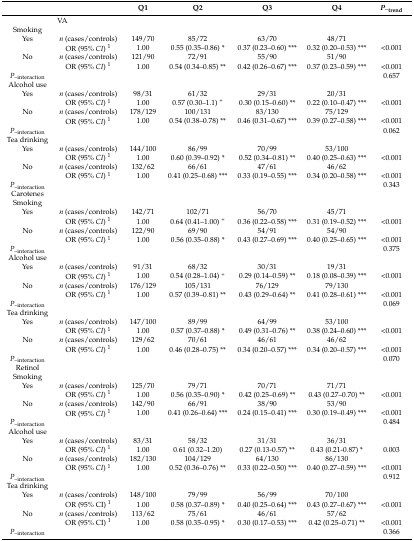
<table><thead><tr><td></td><td></td><td><b>Q1</b></td><td><b>Q2</b></td><td><b>Q3</b></td><td><b>Q4</b></td><td><b><i>P<sub>–</sub></i><sub>trend</sub></b></td></tr></thead><tbody><tr><td colspan="2">VA</td><td></td><td></td><td></td><td></td><td></td></tr><tr><td>Smoking</td><td></td><td></td><td></td><td></td><td></td><td></td></tr><tr><td>Yes</td><td><i>n</i> (cases/controls)</td><td>149/70</td><td>85/72</td><td>63/70</td><td>48/71</td><td></td></tr><tr><td></td><td>OR (95% <i>CI</i>) <sup>1</sup></td><td>1.00</td><td>0.55 (0.35–0.86) *</td><td>0.37 (0.23–0.60) ***</td><td>0.32 (0.20–0.53) ***</td><td>&lt;0.001</td></tr><tr><td>No</td><td><i>n</i> (cases/controls)</td><td>121/90</td><td>72/91</td><td>55/90</td><td>51/90</td><td></td></tr><tr><td></td><td>OR (95% <i>CI</i>) <sup>1</sup></td><td>1.00</td><td>0.54 (0.34–0.85) **</td><td>0.42 (0.26–0.67) ***</td><td>0.37 (0.23–0.59) ***</td><td>&lt;0.001</td></tr><tr><td><i>P</i><sub>–interaction</sub></td><td></td><td colspan="4"></td><td>0.657</td></tr><tr><td>Alcohol use</td><td></td><td></td><td></td><td></td><td></td><td></td></tr><tr><td>Yes</td><td><i>n</i> (cases/controls)</td><td>98/31</td><td>61/32</td><td>29/31</td><td>20/31</td><td></td></tr><tr><td></td><td>OR (95% <i>CI</i>) <sup>1</sup></td><td>1.00</td><td>0.57 (0.30–1.1) <sup>+</sup></td><td>0.30 (0.15–0.60) **</td><td>0.22 (0.10–0.47) ***</td><td>&lt;0.001</td></tr><tr><td>No</td><td><i>n</i> (cases/controls)</td><td>178/129</td><td>100/131</td><td>83/130</td><td>75/129</td><td></td></tr><tr><td></td><td>OR (95% <i>CI</i>) <sup>1</sup></td><td>1.00</td><td>0.54 (0.38–0.78) **</td><td>0.46 (0.31–0.67) ***</td><td>0.39 (0.27–0.58) ***</td><td>&lt;0.001</td></tr><tr><td><i>P</i><sub>–interaction</sub></td><td></td><td colspan="4"></td><td>0.062</td></tr><tr><td>Tea drinking</td><td></td><td></td><td></td><td></td><td></td><td></td></tr><tr><td>Yes</td><td><i>n</i> (cases/controls)</td><td>144/100</td><td>86/99</td><td>70/99</td><td>53/100</td><td></td></tr><tr><td></td><td>OR (95% <i>CI</i>) <sup>1</sup></td><td>1.00</td><td>0.60 (0.39–0.92) *</td><td>0.52 (0.34–0.81) **</td><td>0.40 (0.25–0.63) ***</td><td>&lt;0.001</td></tr><tr><td>No</td><td><i>n</i> (cases/controls)</td><td>132/62</td><td>66/61</td><td>47/61</td><td>46/62</td><td></td></tr><tr><td></td><td>OR (95% <i>CI</i>) <sup>1</sup></td><td>1.00</td><td>0.41 (0.25–0.68) ***</td><td>0.33 (0.19–0.55) ***</td><td>0.34 (0.20–0.58) ***</td><td>&lt;0.001</td></tr><tr><td><i>P</i><sub>–interaction</sub></td><td></td><td></td><td></td><td></td><td></td><td>0.343</td></tr><tr><td>Carotenes</td><td></td><td></td><td></td><td></td><td></td><td></td></tr><tr><td>Smoking</td><td></td><td></td><td></td><td></td><td></td><td></td></tr><tr><td>Yes</td><td><i>n</i> (cases/controls)</td><td>142/71</td><td>102/71</td><td>56/70</td><td>45/71</td><td></td></tr><tr><td></td><td>OR (95% <i>CI</i>) <sup>1</sup></td><td>1.00</td><td>0.64 (0.41–1.00) <sup>+</sup></td><td>0.36 (0.22–0.58) ***</td><td>0.31 (0.19–0.52) ***</td><td>&lt;0.001</td></tr><tr><td>No</td><td><i>n</i> (cases/controls)</td><td>122/90</td><td>69/90</td><td>54/91</td><td>54/90</td><td></td></tr><tr><td></td><td>OR (95% <i>CI</i>) <sup>1</sup></td><td>1.00</td><td>0.56 (0.35–0.88) *</td><td>0.43 (0.27–0.69) ***</td><td>0.40 (0.25–0.65) ***</td><td>&lt;0.001</td></tr><tr><td><i>P</i><sub>–interaction</sub></td><td></td><td></td><td></td><td></td><td></td><td>0.375</td></tr><tr><td>Alcohol use</td><td></td><td></td><td></td><td></td><td></td><td></td></tr><tr><td>Yes</td><td><i>n</i> (cases/controls)</td><td>91/31</td><td>68/32</td><td>30/31</td><td>19/31</td><td></td></tr><tr><td></td><td>OR (95% <i>CI</i>) <sup>1</sup></td><td>1.00</td><td>0.54 (0.28–1.04) <sup>+</sup></td><td>0.29 (0.14–0.59) **</td><td>0.18 (0.08–0.39) ***</td><td>&lt;0.001</td></tr><tr><td>No</td><td><i>n</i> (cases/controls)</td><td>176/129</td><td>105/131</td><td>76/129</td><td>79/130</td><td></td></tr><tr><td></td><td>OR (95% <i>CI</i>) <sup>1</sup></td><td>1.00</td><td>0.57 (0.39–0.81) **</td><td>0.43 (0.29–0.64) **</td><td>0.41 (0.28–0.61) ***</td><td>&lt;0.001</td></tr><tr><td><i>P</i><sub>–interaction</sub></td><td></td><td colspan="4"></td><td>0.069</td></tr><tr><td>Tea drinking</td><td></td><td></td><td></td><td></td><td></td><td></td></tr><tr><td>Yes</td><td><i>n</i> (cases/controls)</td><td>147/100</td><td>89/99</td><td>64/99</td><td>53/100</td><td></td></tr><tr><td></td><td>OR (95% <i>CI</i>) <sup>1</sup></td><td>1.00</td><td>0.57 (0.37–0.88) *</td><td>0.49 (0.31–0.76) **</td><td>0.38 (0.24–0.60) ***</td><td>&lt;0.001</td></tr><tr><td>No</td><td><i>n</i> (cases/controls)</td><td>129/62</td><td>70/61</td><td>46/61</td><td>46/62</td><td></td></tr><tr><td></td><td>OR (95% <i>CI</i>) <sup>1</sup></td><td>1.00</td><td>0.46 (0.28–0.75) **</td><td>0.34 (0.20–0.57) ***</td><td>0.34 (0.20–0.57) ***</td><td>&lt;0.001</td></tr><tr><td><i>P</i><sub>–interaction</sub></td><td></td><td></td><td></td><td></td><td></td><td>0.070</td></tr><tr><td>Retinol</td><td></td><td></td><td></td><td></td><td></td><td></td></tr><tr><td>Smoking</td><td></td><td></td><td></td><td></td><td></td><td></td></tr><tr><td>Yes</td><td><i>n</i> (cases/controls)</td><td>125/70</td><td>79/71</td><td>70/71</td><td>71/71</td><td></td></tr><tr><td></td><td>OR (95% <i>CI</i>) <sup>1</sup></td><td>1.00</td><td>0.56 (0.35–0.90) *</td><td>0.42 (0.25–0.69) **</td><td>0.43 (0.27–0.70) **</td><td>&lt;0.001</td></tr><tr><td>No</td><td><i>n</i> (cases/controls)</td><td>142/90</td><td>66/91</td><td>38/90</td><td>53/90</td><td></td></tr><tr><td></td><td>OR (95% <i>CI</i>) <sup>1</sup></td><td>1.00</td><td>0.41 (0.26–0.64) ***</td><td>0.24 (0.15–0.41) ***</td><td>0.30 (0.19–0.49) ***</td><td>&lt;0.001</td></tr><tr><td><i>P</i><sub>–interaction</sub></td><td></td><td></td><td></td><td></td><td></td><td>0.484</td></tr><tr><td>Alcohol use</td><td></td><td></td><td></td><td></td><td></td><td></td></tr><tr><td>Yes</td><td><i>n</i> (cases/controls)</td><td>83/31</td><td>58/32</td><td>31/31</td><td>36/31</td><td></td></tr><tr><td></td><td>OR (95% <i>CI</i>) <sup>1</sup></td><td>1.00</td><td>0.61 (0.32–1.20)</td><td>0.27 (0.13-0.57) **</td><td>0.43 (0.21-0.87) *</td><td>0.003</td></tr><tr><td>No</td><td><i>n</i> (cases/controls)</td><td>182/130</td><td>104/129</td><td>64/130</td><td>86/130</td><td></td></tr><tr><td></td><td>OR (95% <i>CI</i>) <sup>1</sup></td><td>1.00</td><td>0.52 (0.36–0.76) **</td><td>0.33 (0.22–0.50) ***</td><td>0.40 (0.27–0.59) ***</td><td>&lt;0.001</td></tr><tr><td><i>P</i><sub>–interaction</sub></td><td></td><td></td><td></td><td></td><td></td><td>0.912</td></tr><tr><td>Tea drinking</td><td></td><td></td><td></td><td></td><td></td><td></td></tr><tr><td>Yes</td><td><i>n</i> (cases/controls)</td><td>148/100</td><td>79/99</td><td>56/99</td><td>70/100</td><td></td></tr><tr><td></td><td>OR (95% CI) <sup>1</sup></td><td>1.00</td><td>0.58 (0.37–0.89) *</td><td>0.40 (0.25–0.64) ***</td><td>0.43 (0.27–0.67) ***</td><td>&lt;0.001</td></tr><tr><td>No</td><td><i>n</i> (cases/controls)</td><td>113/62</td><td>75/61</td><td>46/61</td><td>57/62</td><td></td></tr><tr><td></td><td>OR (95% CI) <sup>1</sup></td><td>1.00</td><td>0.58 (0.35–0.95) *</td><td>0.30 (0.17–0.53) ***</td><td>0.42 (0.25–0.71) **</td><td>&lt;0.001</td></tr><tr><td><i>P</i><sub>–interaction</sub></td><td></td><td></td><td></td><td></td><td></td><td>0.366</td></tr></tbody></table>